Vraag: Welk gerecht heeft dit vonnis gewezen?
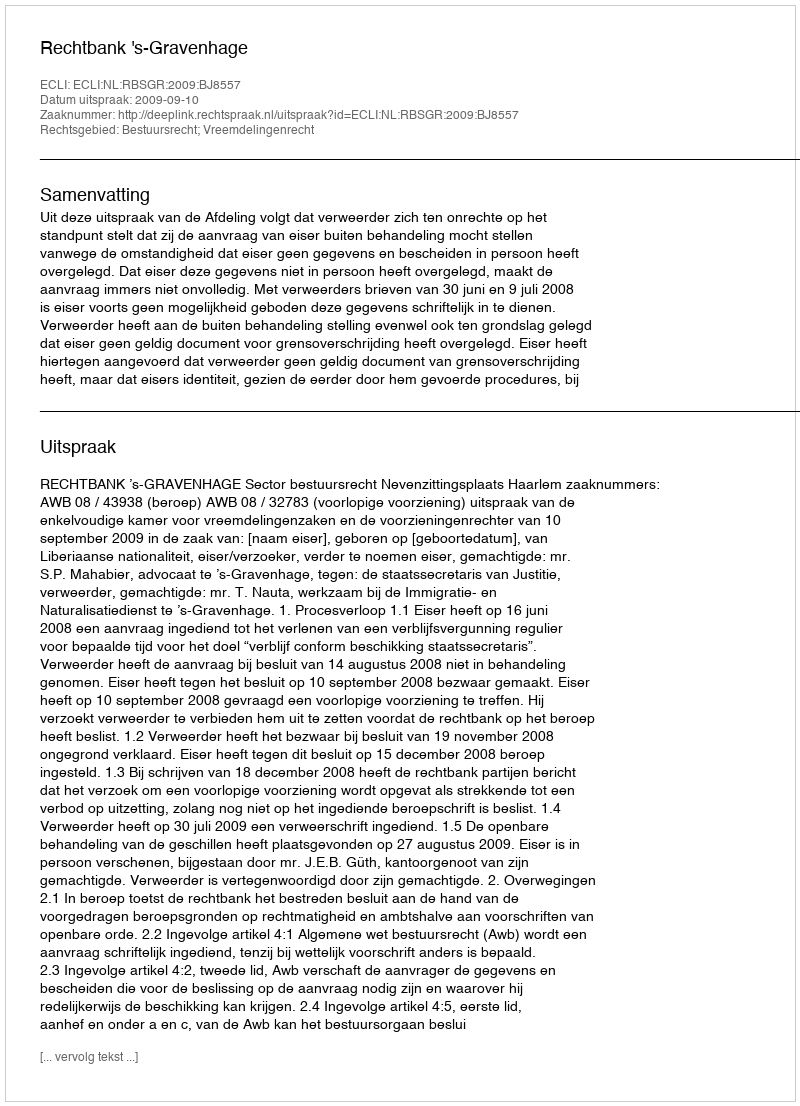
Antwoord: Rechtbank 's-Gravenhage